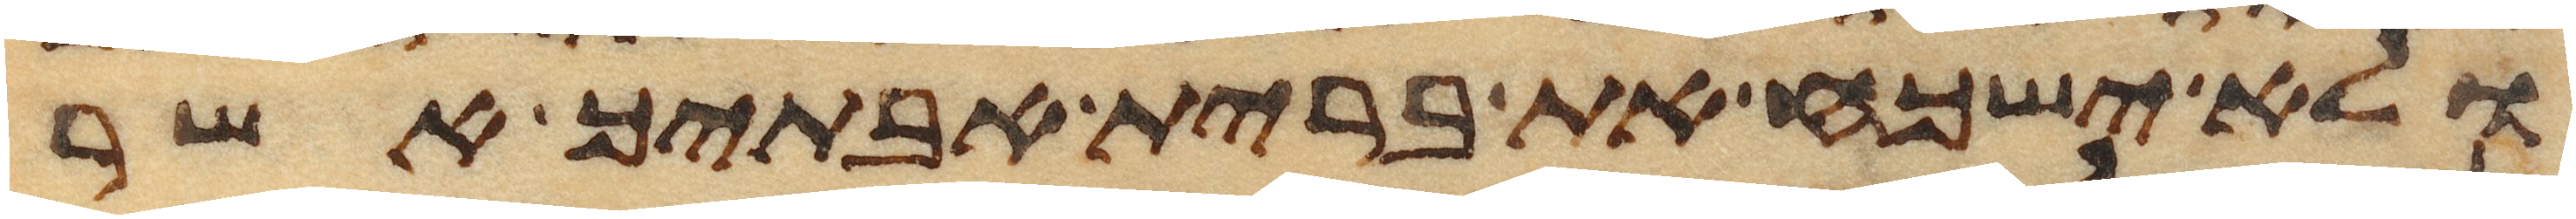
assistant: ולא ישכח את ברית אבתיך אשר